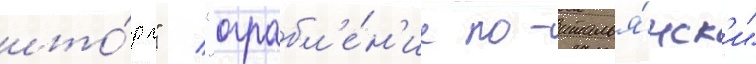
што́рм" / "ограбл'е́н'ие по-италья́нск'и"